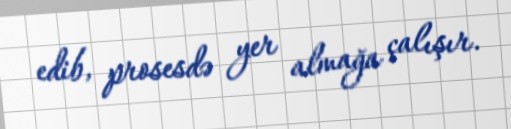
edib, prosesdə yer almağa çalışır.